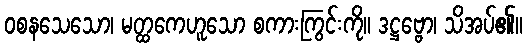
ဝစနသေသော၊ မတ္ထကေဟူသော စကားကြွင်းကို။ ဒဋ္ဌဗ္ဗော၊ သိအပ်၏။